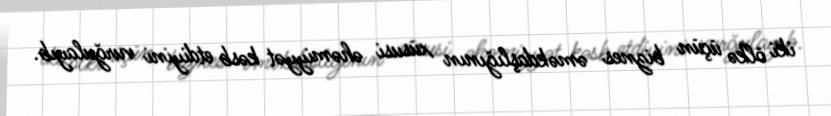
iki ölkə üçün biznes əməkdaşlığının xüsusi əhəmiyyət kəsb etdiyini vurğulayıb.